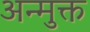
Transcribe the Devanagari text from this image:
अन्मुक्त